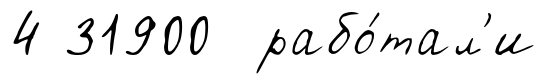
4 31900 рабо́тал'и